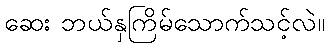
ဆေး ဘယ်နှကြိမ်သောက်သင့်လဲ။